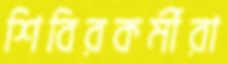
শিবিরকর্মীরা